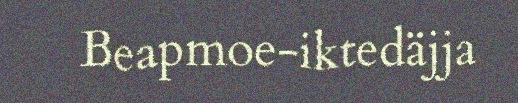
Beapmoe-iktedäjja